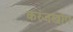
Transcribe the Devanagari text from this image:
करंजखोप